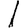
Digit: 1